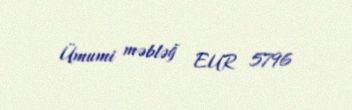
Ümumi məbləğ EUR 5796